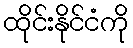
ထိုင်းနိုင်ငံကို